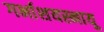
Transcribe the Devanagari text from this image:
गर्भाशयस्नायू